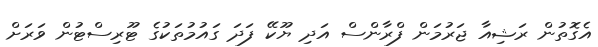
އެގޮތުން ރަޝިއާ ޖަރުމަން ފްރާންސް އަދި ޔޫކޭ ފަދަ ގައުމުތަކުގެ ޓޫރިސްޓުން ވަރަށް